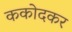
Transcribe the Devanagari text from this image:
ककोदकर